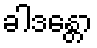
ခါဒန္တော